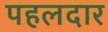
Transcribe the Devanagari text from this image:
पहलदार